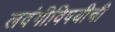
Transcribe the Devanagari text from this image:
लवंगीविषयीची